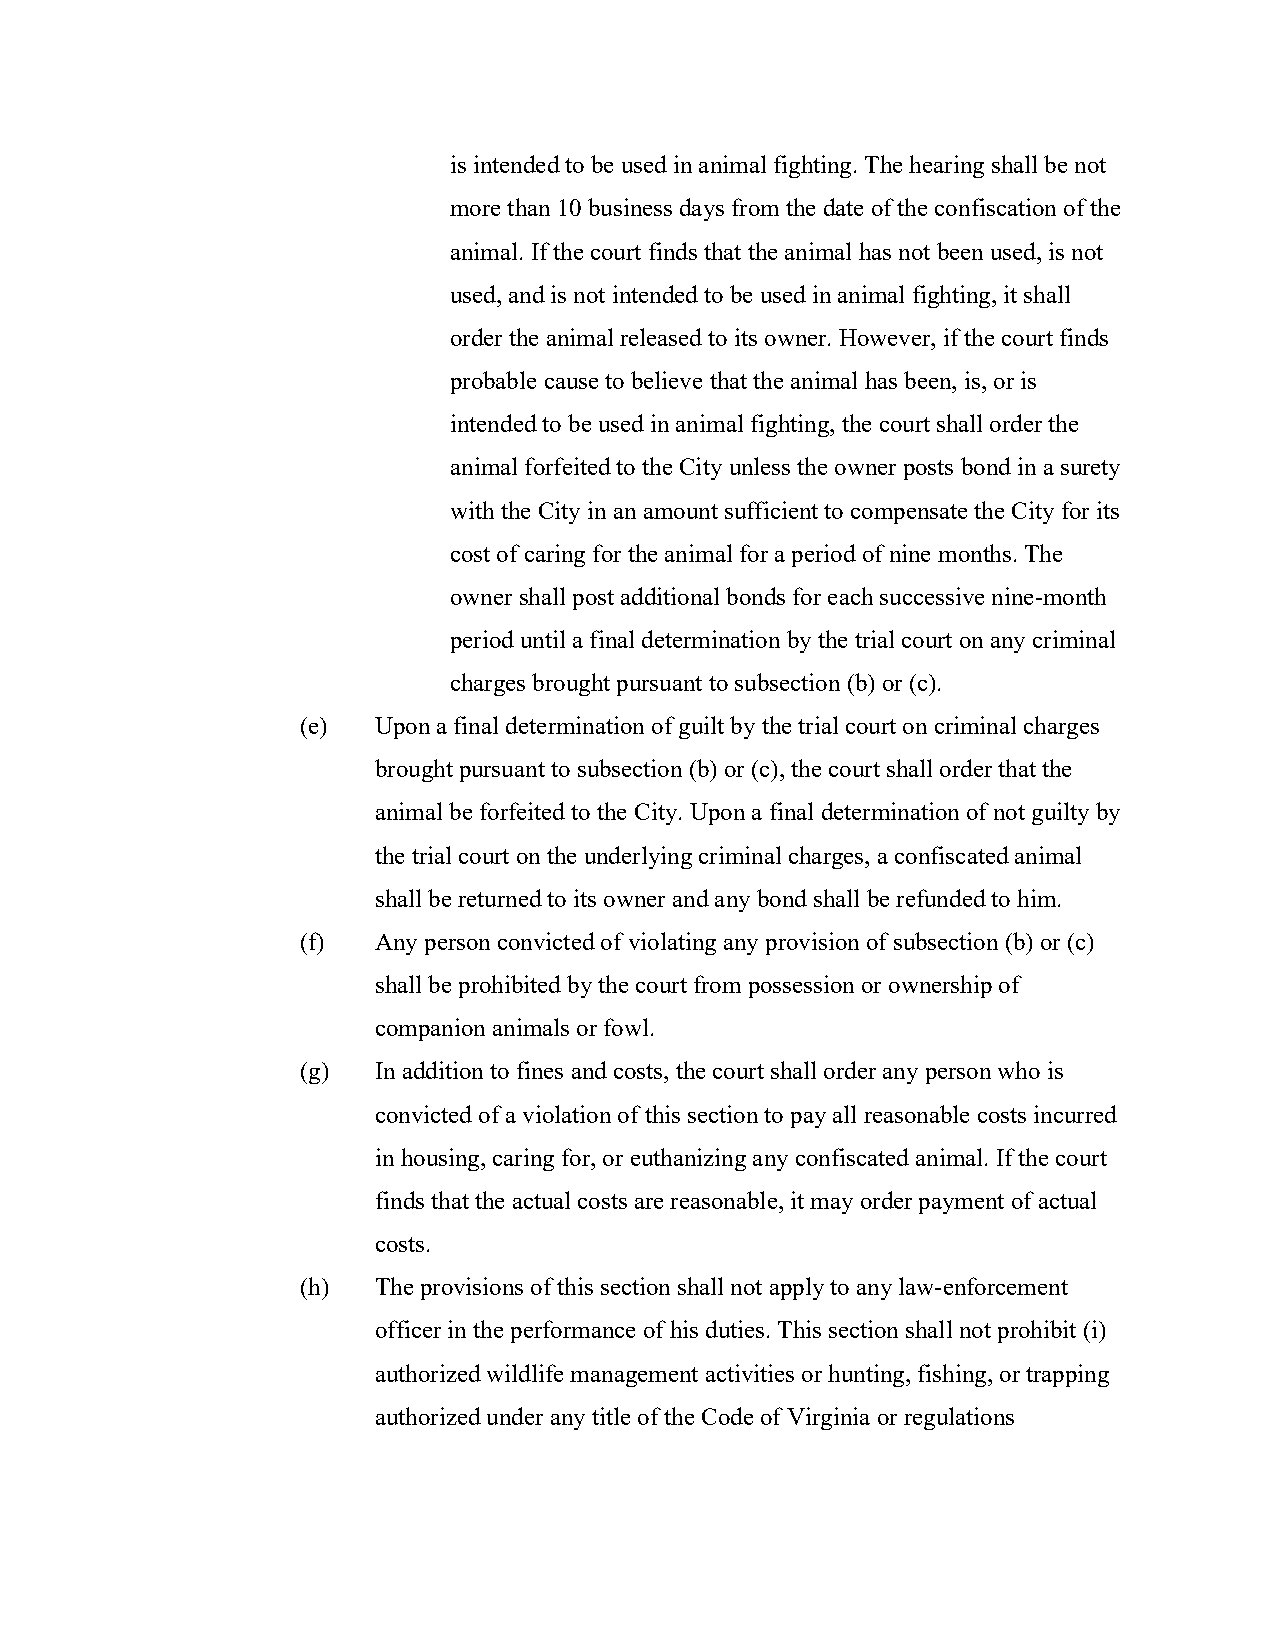
is intended to be used in animal fighting. The hearing shall be not
 more than 10 business days from the date of the confiscation of the
 animal. If the court finds that the animal has not been used, is not
 used, and is not intended to be used in animal fighting, it shall
 order the animal released to its owner. However, if the court finds
 probable cause to believe that the animal has been, is, or is
 intended to be used in animal fighting, the court shall order the
 animal forfeited to the City unless the owner posts bond in a surety
 with the City in an amount sufficient to compensate the City for its
 cost of caring for the animal for a period of nine months. The
 owner shall post additional bonds for each successive nine-month
 period until a final determination by the trial court on any criminal
 charges brought pursuant to subsection (b) or (c).
 (e)  Upon a final determination of guilt by the trial court on criminal charges
 brought pursuant to subsection (b) or (c), the court shall order that the
 animal be forfeited to the City. Upon a final determination of not guilty by
 the trial court on the underlying criminal charges, a confiscated animal
 shall be returned to its owner and any bond shall be refunded to him.
 (f)  Any person convicted of violating any provision of subsection (b) or (c)
 shall be prohibited by the court from possession or ownership of
 companion animals or fowl.
 (g)  In addition to fines and costs, the court shall order any person who is
 convicted of a violation of this section to pay all reasonable costs incurred
 in housing, caring for, or euthanizing any confiscated animal. If the court
 finds that the actual costs are reasonable, it may order payment of actual
 costs.
 (h)  The provisions of this section shall not apply to any law-enforcement
 officer in the performance of his duties. This section shall not prohibit (i)
 authorized wildlife management activities or hunting, fishing, or trapping
 authorized under any title of the Code of Virginia or regulations